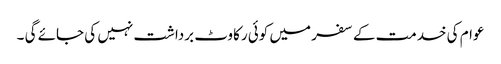
عوام کی خدمت کے سفر میں کوئی رکاوٹ برداشت نہیں کی جائے گی ۔